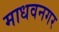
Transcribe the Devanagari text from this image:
माधवनगर